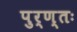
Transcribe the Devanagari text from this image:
पुर्ण्तः